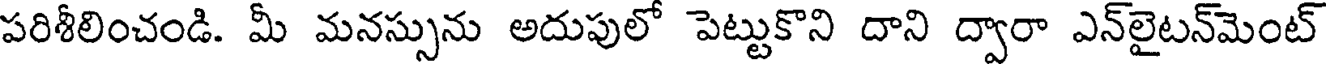
పరిశీలించండి. మీ మనస్సును అదుపులో పెట్టుకొని దాని ద్వారా ఎన్లైటన్మెంట్